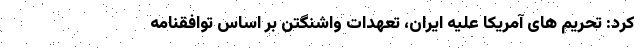
کرد: تحریم های آمریکا علیه ایران، تعهدات واشنگتن بر اساس توافقنامه